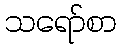
သရော်စာ